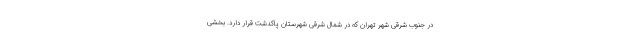
در جنوب شرقی شهر تهران که در شمال شرقی شهرستان پاکدشت قرار دارد. بخشی